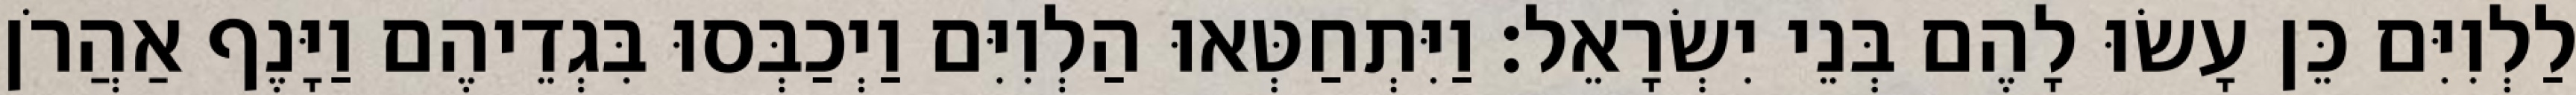
לַלְוִיִּם כֵּן עָשׂוּ לָהֶם בְּנֵי יִשְׂרָאֵל׃ וַיִּתְחַטְּאוּ הַלְוִיִּם וַיְכַבְּסוּ בִּגְדֵיהֶם וַיָּנֶף אַהֲרֹן